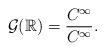
LaTeX: \begin{align*}\mathcal{G}(\mathbb{R})=\frac{C^{\infty}}{C^{\infty}} .\end{align*}